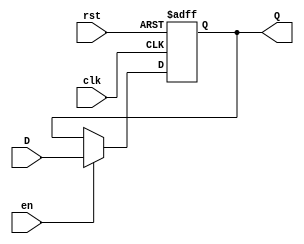
module InputRegister #(
    parameter WIDTH = 8 // Parameterized bit width
) (
    input wire clk,         // Clock signal
    input wire rst,         // Reset signal (active high)
    input wire en,          // Enable signal (active high)
    input wire [WIDTH-1:0] D, // Input data lines
    output reg [WIDTH-1:0] Q  // Output data lines
);

// Always block triggered by clock edge
always @(posedge clk or posedge rst) begin
    if (rst) begin
        Q <= {WIDTH{1'b0}}; // Asynchronously reset Q to 0
    end else if (en) begin
        Q <= D; // Capture input data when enabled
    end
    // If not enabled, maintain the previous value of Q
end

endmodule